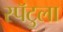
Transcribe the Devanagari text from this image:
स्पॅटुला